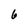
Character: 6